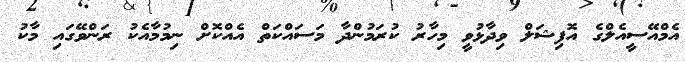
އެމްއޭސީއެލްގެ އޮފިޝަލް ވިދާޅުވީ މިހާރު ކުރަމުންދާ މަސައްކަތް އެއްކޮށް ނިމުމާއެކު ރަންވޭގައި މާކު